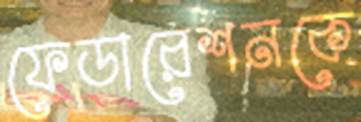
ফেডারেশনকে